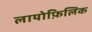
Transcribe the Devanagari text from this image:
लायोफ़िलिक